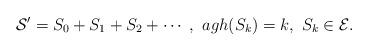
LaTeX: \begin{align*}{\cal S}' = S_0 + S_1 + S_2 + \cdots \;,\ agh(S_k)=k,\ S_k\in {\cal E}.\end{align*}